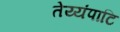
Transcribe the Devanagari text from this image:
तेय्यंपाटि